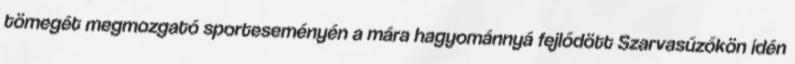
tömegét megmozgató sporteseményén a mára hagyománnyá fejlődött Szarvasűzőkön idén